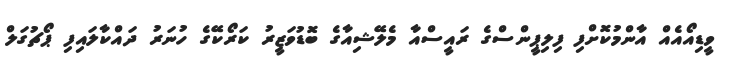
ވީޑިއޯއެއް އާންމުކޮށްފި ފިލިޕީންސްގެ ރައީސްއާ މެލޭޝިއާގެ ބޮޑުވަޒީރު ކަރޯކޭގެ ހުނަރު ދައްކާލައިފި ޕޯޗުގަލް